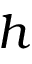
h